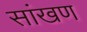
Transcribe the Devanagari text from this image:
सांखण